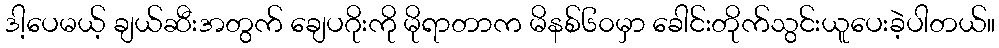
ဒါ့ပေမယ့် ချယ်ဆီးအတွက် ချေပဂိုးကို မိုရာတာက မိနစ်၆၀မှာ ခေါင်းတိုက်သွင်းယူပေးခဲ့ပါတယ်။